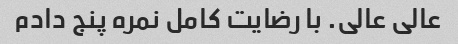
عالی عالی. با رضایت کامل نمره پنج دادم